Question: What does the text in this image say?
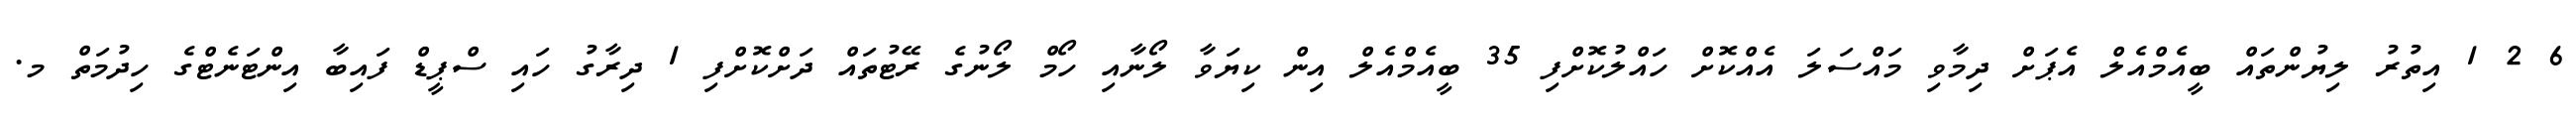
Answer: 6 2 1 އިތުރު ލިޔުންތައް ބީއެމްއެލް އެޕަށް ދިމާވި މައްސަލަ އެއްކޮށް ހައްލުކޮށްފި 35 ބީއެމްއެލް އިން ކިޔަވާ ލޯނާއި ހޯމް ލޯނުގެ ރޭޓުތައް ދަށްކޮށްފި 1 ދިރާގު ހައި ސްޕީޑް ފައިބާ އިންޓަނެޓްގެ ހިދުމަތް މ.